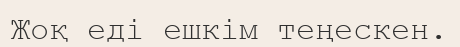
Жоқ еді ешкім теңескен.